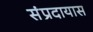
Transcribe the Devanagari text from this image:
संप्रदायास